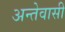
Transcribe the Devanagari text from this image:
अन्तेवासी